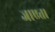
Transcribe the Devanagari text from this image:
जाएत।